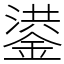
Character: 鍙